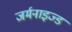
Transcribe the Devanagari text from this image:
जर्मनाइज्ड